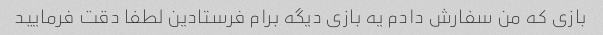
بازی که من سفارش دادم یه بازی دیگه برام فرستادین لطفا دقت فرمایید